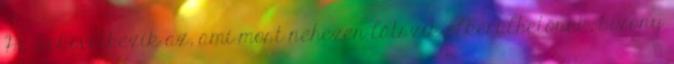
Ha bekövetkezik az, ami most nehezen látszik elkerülhetőnek, bizony